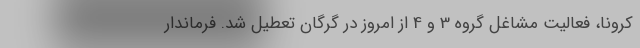
کرونا، فعالیت مشاغل گروه 3 و 4 از امروز در گرگان تعطیل شد. فرماندار